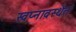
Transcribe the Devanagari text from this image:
स्वप्नावस्थेंत